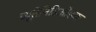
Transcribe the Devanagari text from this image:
ब्यूतेनिडिओइक